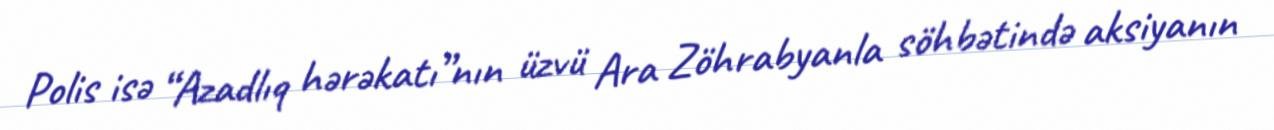
Polis isə “Azadlıq hərəkatı”nın üzvü Ara Zöhrabyanla söhbətində aksiyanın